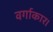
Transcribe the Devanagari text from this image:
वर्गाकार।